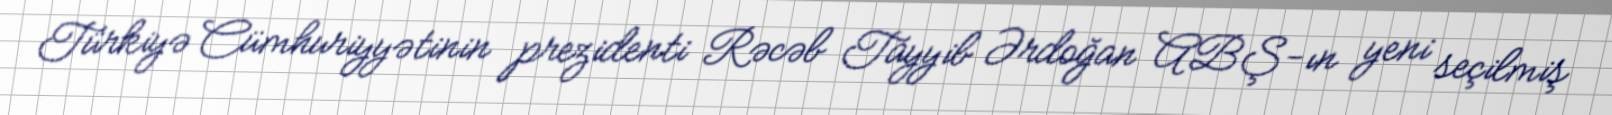
Türkiyə Cümhuriyyətinin prezidenti Rəcəb Tayyib Ərdoğan ABŞ-ın yeni seçilmiş